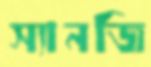
স্যানজি